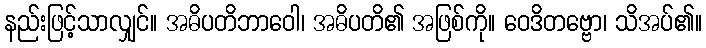
နည်းဖြင့်သာလျှင်။ အဓိပတိဘာဝေါ၊ အဓိပတိ၏ အဖြစ်ကို။ ဝေဒိတဗ္ဗော၊ သိအပ်၏။